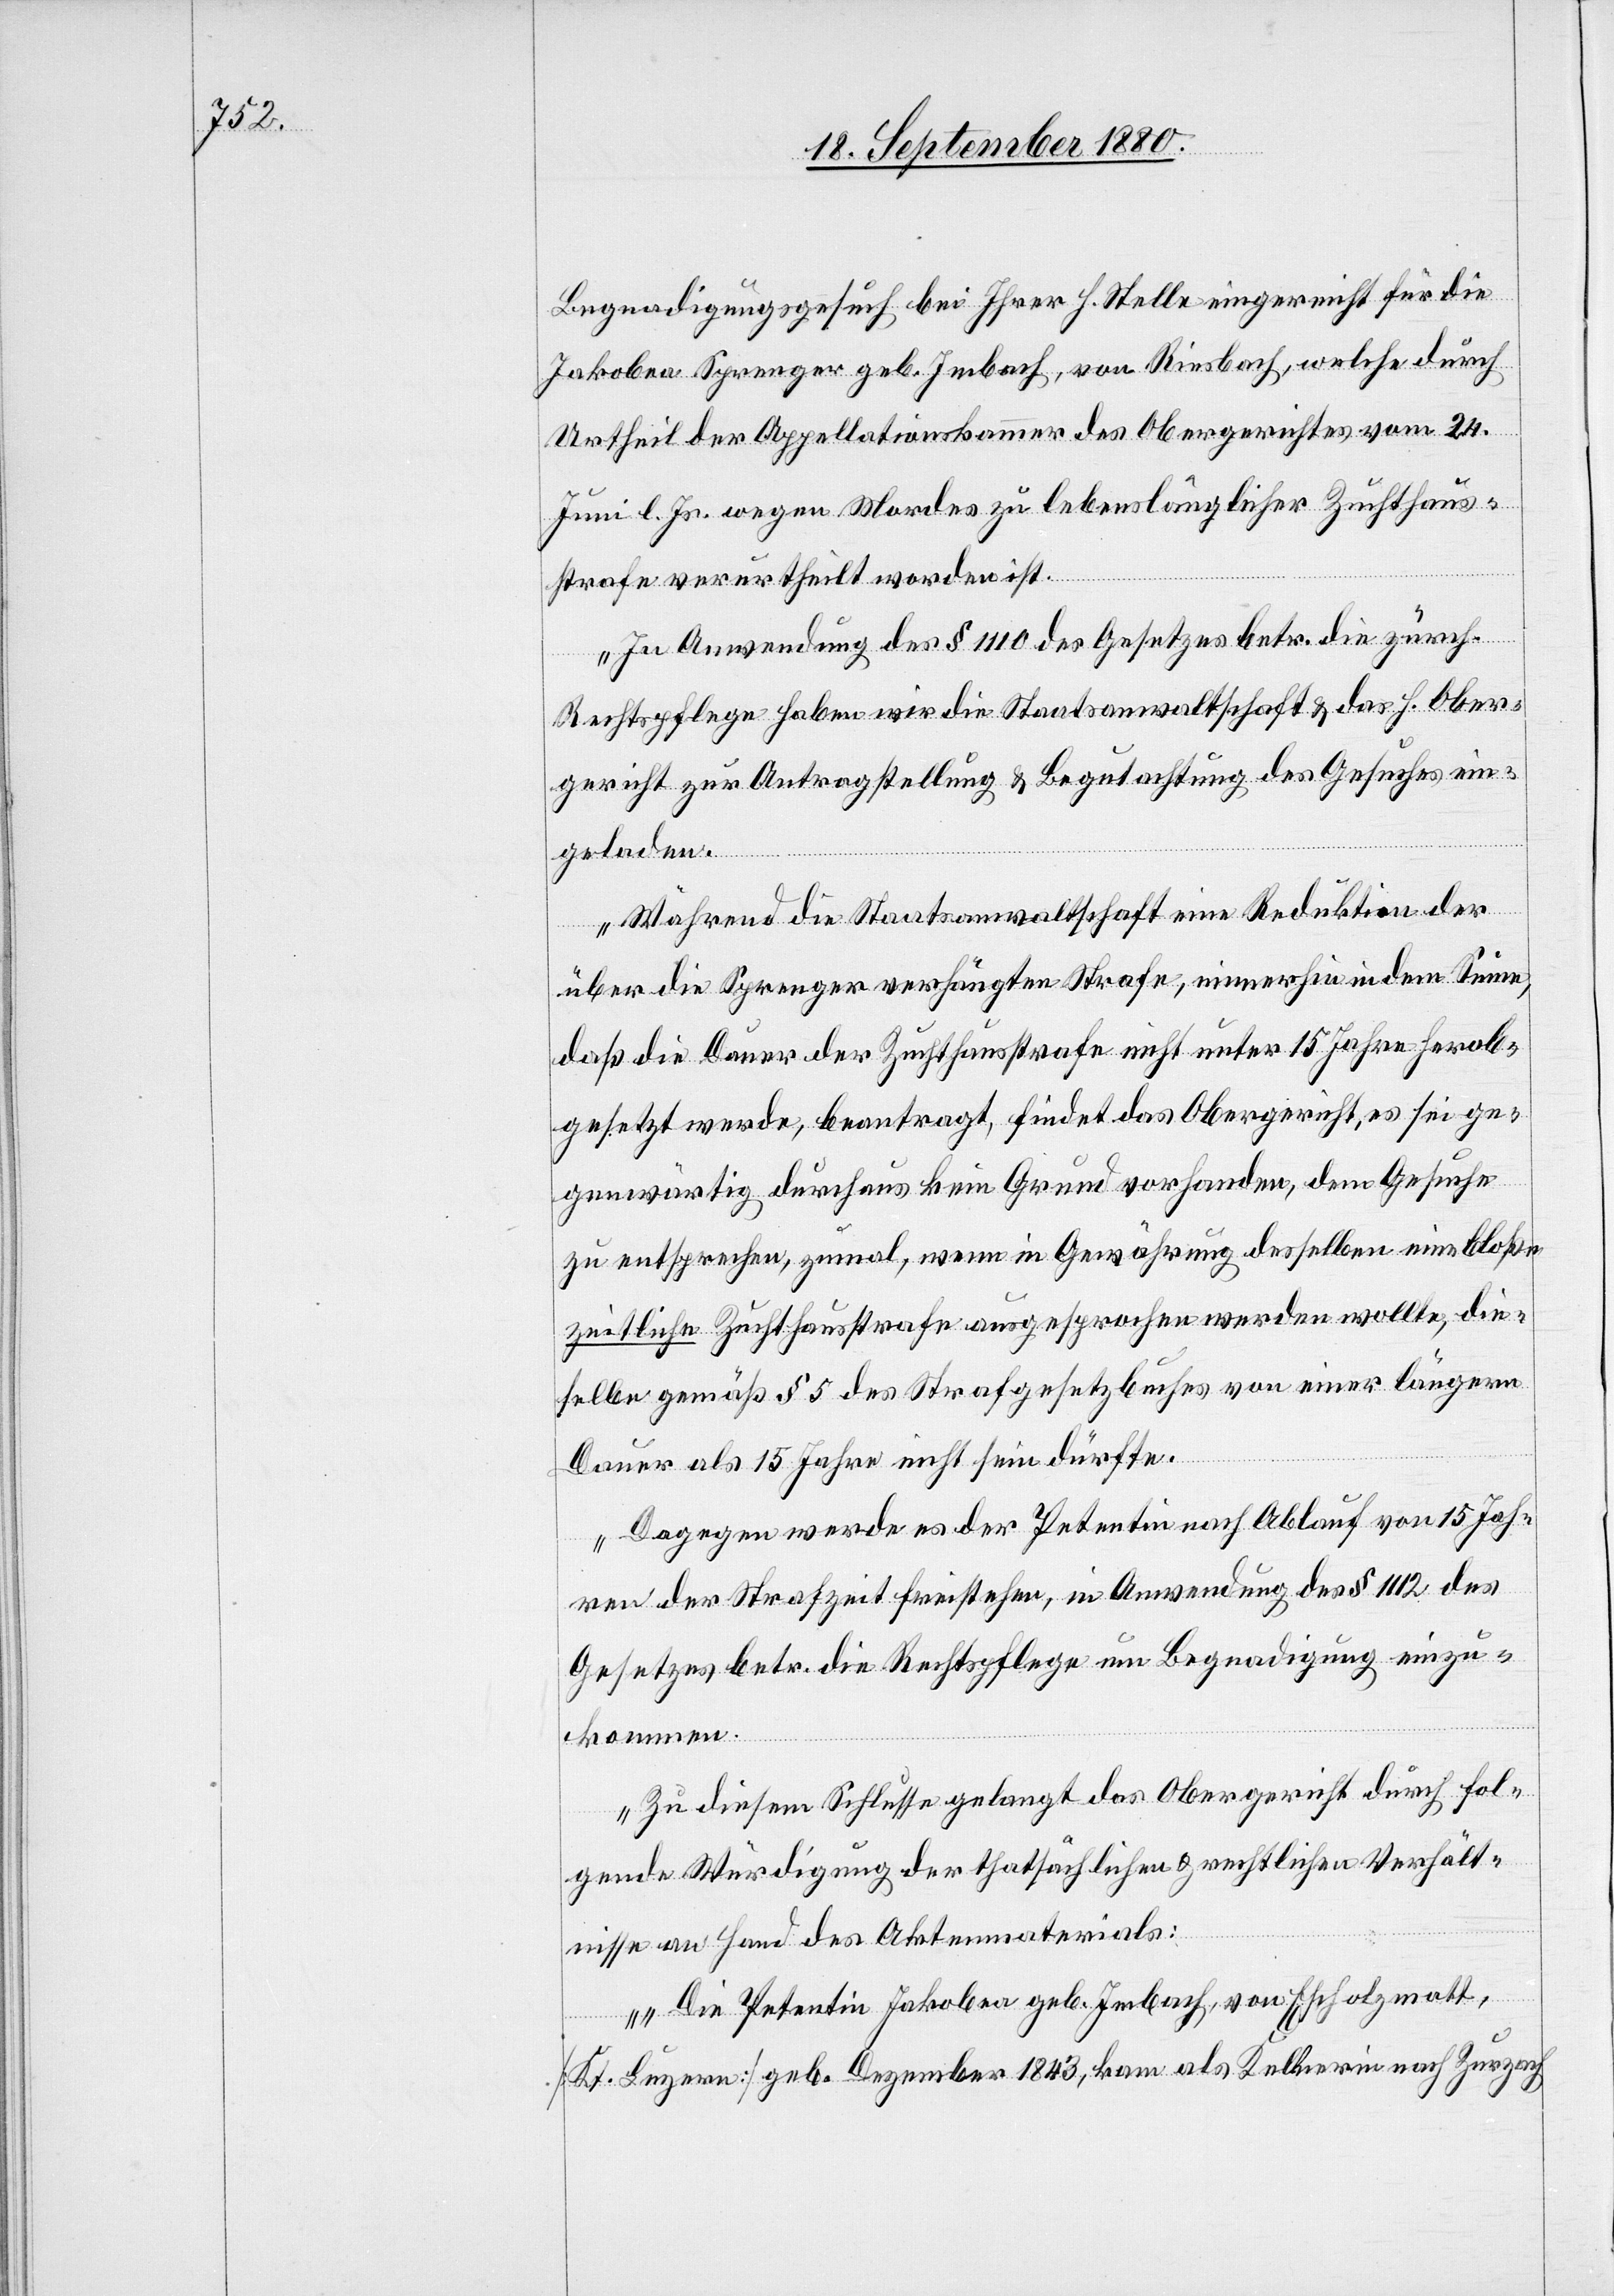
Begnadigungsgesuch bei Ihrer h. Stelle eingereicht für die
Jakobea Sprenger geb. Imbach, von Riesbach, welche durch
Urtheil der Appellationskammer des Obergerichtes vom 24.
Juni l. Js. wegen Mordes zu lebenslänglicher Zuchthaus¬
strafe verurtheilt worden ist.
In Anwendung des § 1110 des Gesetzes betr. die zürch.
Rechtspflege haben wir die Staatsanwaltschaft & das h. Ober¬
gericht zur Antragstellung & Begutachtung des Gesuches ein¬
geladen.
Während die Staatsanwaltschaft eine Reduktion der
über die Sprenger verhängten Strafe, immerhin in dem Sinne,
daß die Dauer der Zuchthausstrafe nicht unter 15 Jahre herab¬
gesetzt werde, beantragt, findet das Obergericht, es sei ge¬
genwärtig durchaus kein Grund vorhanden, dem Gesuche
zu entsprechen, zumal, wenn in Gewährung desselben eine bloße
zivile Zuchthausstrafe ausgesprochen werden wolle, die¬
selbe gemäß § 5 des Strafgesetzbuches von einer längern
Dauer als 15 Jahre nicht sein dürfte.
Dagegen werde es der Petentin nach Ablauf von 15 Jah¬
ren der Strafzeit freistehen, in Anwendung des § 1112 des
Gesetzes betr. die Rechtspflege um Begnadigung einzu¬
kommen.
Zu diesem Schlusse gelangt das Obergericht durch fol¬
gende Würdigung der thatsächlichen & rechtlichen Verhält¬
nisse an Hand des Aktenmaterials:
Die Petentin Jakobea geb. Imbach, von Escholzmatt
[Kt. Luzern] geb. Dezember 1843, kam als Kellnerin nach Zurzach